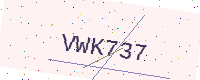
Text: VWK737